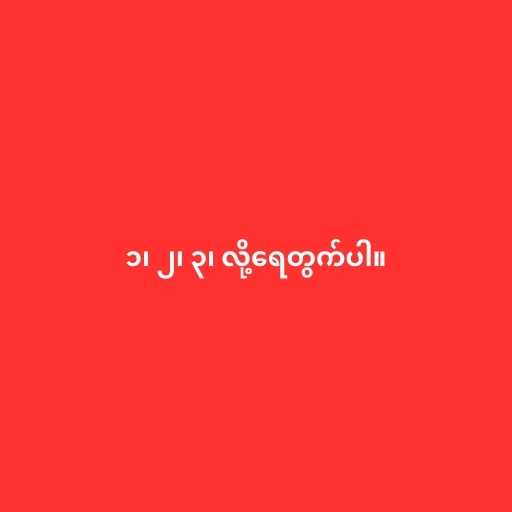
၁၊ ၂၊ ၃၊ လို့ရေတွက်ပါ။